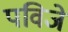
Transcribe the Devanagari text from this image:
पविजे